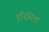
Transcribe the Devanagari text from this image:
इरितिश